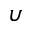
\upsilon